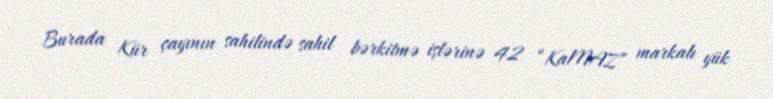
Burada Kür çayının sahilində sahil bərkitmə işlərinə 42 “KaMAZ” markalı yük